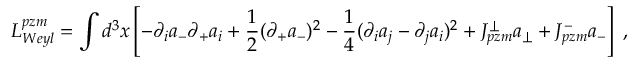
L _ { W e y l } ^ { p z m } = \int d ^ { 3 } { x } \left[ - \partial _ { i } a _ { - } \partial _ { + } a _ { i } + \frac 1 2 ( \partial _ { + } a _ { - } ) ^ { 2 } - \frac 1 4 ( \partial _ { i } a _ { j } - \partial _ { j } a _ { i } ) ^ { 2 } + J _ { p z m } ^ { \perp } a _ { \perp } + J _ { p z m } ^ { - } a _ { - } \right] \; ,